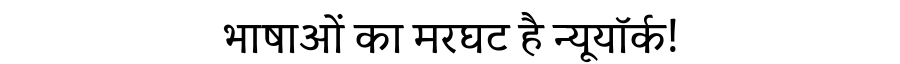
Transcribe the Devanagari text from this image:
भाषाओं का मरघट है न्यूयॉर्क!